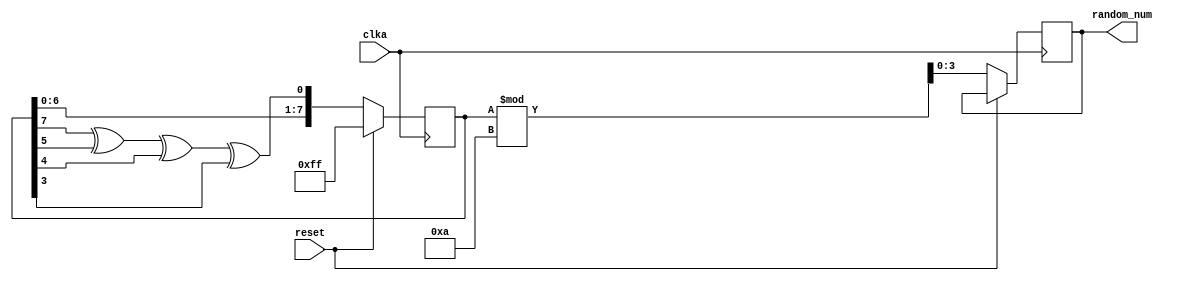
// Combined file including both prng and dp modules
module prng(
    input clka,
    input reset,
  	output reg [3:0] random_num
);

reg [7:0] random;
// From Xilinx File, to perform PRNG
wire feedback = random[7] ^ random[5] ^ random[4] ^ random[3];

always @(negedge clka) begin
    if (reset) begin
        // Initialize the LFSR with a non-zero value to ensure proper operation
        random <= 8'b1111_1111;
    end else begin
        // Shift the register to the left and insert the feedback value into the lowest bit
        random <= {random[6:0], feedback};
        // Adjust the value of random_num to 0-9
        random_num <= random % 10;
    end
end

endmodule



////////////////////////////////////////////////////////////////////////////////////////////////////////

module dp (clka, clkb, ans0, ans1, ans2, ans3, reset, save_test, valid, dp_same, dp_input_error, Anum, Bnum);
//-----------Input Ports---------------
input clka, clkb, reset, save_test;
input wire [3:0] ans0, ans1, ans2, ans3;
//-----------Output Ports---------------
output valid, dp_same, dp_input_error;
output wire [2:0] Anum, Bnum;
wire dp_input_error, dp_same;
reg valid;
//------------Internal Variables--------
// reg  temp_A, temp_B, temp_C, temp_D;
// reg  pattern_A, pattern_B, test_C, test_D;

reg  [3:0] num0, num1, num2, num3;
reg  [3:0] temp0, temp1, temp2, temp3;
wire [3:0] random_num;
//-------------Code Starts Here---------
prng prng_inst(.clka(clka), .reset(reset), .random_num(random_num));
    
reg [3:0] count; 


always @(negedge clka)
begin
    if (reset) begin
        count <= 0;
        valid <= 0;
        num0 <= 4'b0000;
        num1 <= 4'b0000;
        num2 <= 4'b0000;
        num3 <= 4'b0000;
    end 
    else if (save_test) begin
        case (count)
            0: begin
                count <= count + 1;
            end
            1: begin
                num0 <= random_num;
                count <= count + 1;
            end
            2: if (random_num != num0) begin
                num1 <= random_num;
                count <= count + 1;
            end
            3: if (random_num != num0 && random_num != num1) begin
                num2 <= random_num;
                count <= count + 1;
            end
            4: if (random_num != num0 && random_num != num1 && random_num != num2) begin
                num3 <= random_num;
                count <= count + 1;
                valid <= 1;
            end
            default: begin
                count <= count;
                valid <= 0;
            end
        endcase
    end
end


always @(negedge clkb)
begin
if (reset)
    begin
        temp0 <= 4'b0000;
        temp1 <= 4'b0000;
        temp2 <= 4'b0000;
        temp3 <= 4'b0000;
    end
else if (count == 5)
    begin
        temp0 <= ans0;
        temp1 <= ans1;
        temp2 <= ans2;
        temp3 <= ans3;
    end
end

assign Anum = (num0 == temp0) + (num1 == temp1) + (num2 == temp2) + (num3 == temp3);
assign Bnum = ((num0 == temp1 || num0 == temp2 || num0 == temp3) ? 1 : 0) +
              ((num1 == temp0 || num1 == temp2 || num1 == temp3) ? 1 : 0) +
              ((num2 == temp0 || num2 == temp1 || num2 == temp3) ? 1 : 0) +
              ((num3 == temp0 || num3 == temp1 || num3 == temp2) ? 1 : 0);
assign dp_input_error = (ans0 == ans1) || (ans0 == ans2) || (ans0 == ans3) || (ans1 == ans2) || (ans1 == ans3) || (ans2 == ans3);
assign dp_same = (Anum == 4) && (Bnum == 0);

endmodule //End Of Module dp  datapath